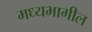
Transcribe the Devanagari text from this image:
मध्यभागील